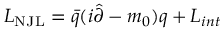
{ \cal L } _ { \mathrm { \scriptsize { N J L } } } = \bar { q } ( i \widehat { \partial } - m _ { 0 } ) q + { \cal L } _ { i n t }